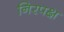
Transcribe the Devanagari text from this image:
निरपक्ष